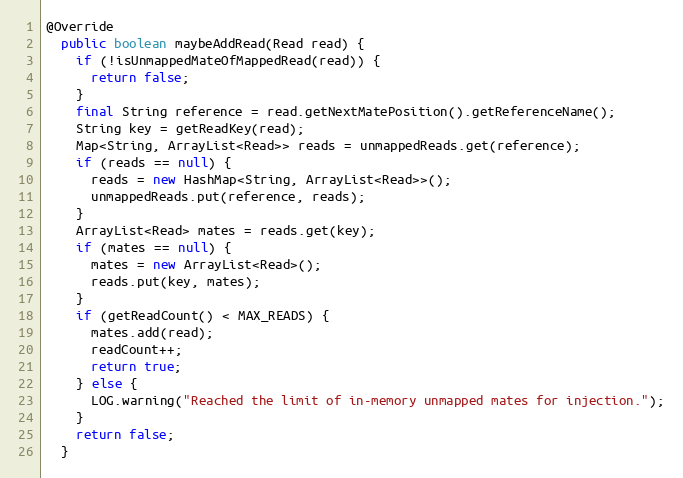
Language: Java
@Override
  public boolean maybeAddRead(Read read) {
    if (!isUnmappedMateOfMappedRead(read)) {
      return false;
    }
    final String reference = read.getNextMatePosition().getReferenceName();
    String key = getReadKey(read);
    Map<String, ArrayList<Read>> reads = unmappedReads.get(reference);
    if (reads == null) {
      reads = new HashMap<String, ArrayList<Read>>();
      unmappedReads.put(reference, reads);
    }
    ArrayList<Read> mates = reads.get(key);
    if (mates == null) {
      mates = new ArrayList<Read>();
      reads.put(key, mates);
    }
    if (getReadCount() < MAX_READS) {
      mates.add(read);
      readCount++;
      return true;
    } else {
      LOG.warning("Reached the limit of in-memory unmapped mates for injection.");
    }
    return false;
  }